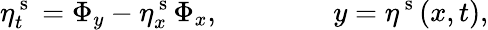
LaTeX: \eta_{t}^{\mathrm{~s~}}=\Phi_{y}-\eta_{x}^{\mathrm{~s~}}\Phi_{x},\qquad\qquad y=\eta^{\mathrm{~s~}}(x,t),